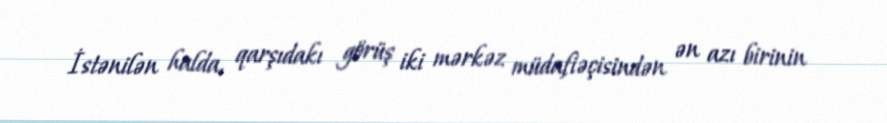
İstənilən halda, qarşıdakı görüş iki mərkəz müdafiəçisindən ən azı birinin